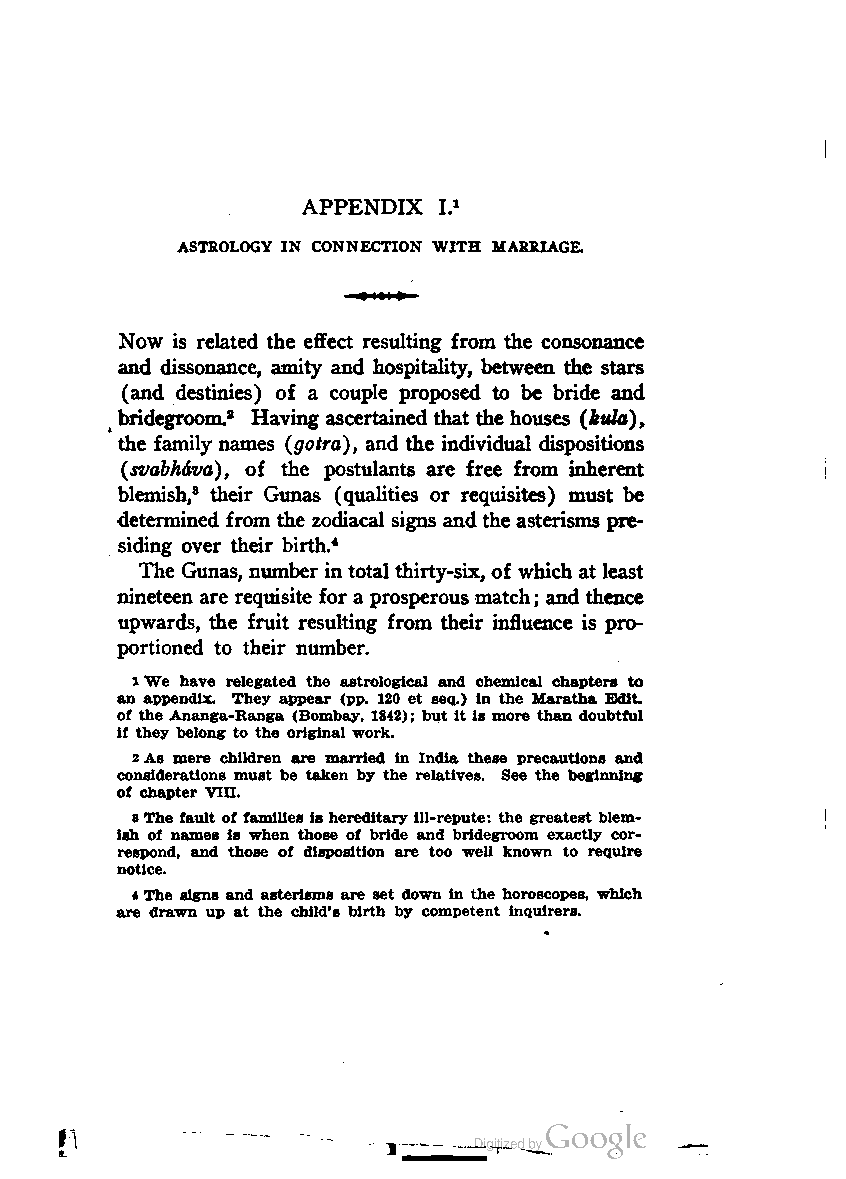
APPENDIX I*
 ASTROLOGY IN CONNECTION WITH MARRIAGE.
 Now is related the effect resulting from the consonance
 and dissonance, amity and hospitality, between the stars
 (and destinies) of a couple proposed to be bride and
 ( bridegroom.8 Having ascertained that the houses (kuld),
 the family names (gotra), and the individual dispositions
 (svabhava), of the postulants are free from inherent
 blemish,8 their Gunas (qualities or requisites) must be
 determined from the zodiacal signs andtheasterisms pre
 siding over their birth.4
 The Gunas, number intotal thirty-six, of which at least
 nineteen are requisite for a prosperousmatch; and thence
 upwards, the fruit resulting from their influence is pro
 portioned to their number.
 1We have relegated the astrological and chemical chapters to
 an appendix. They appear (pp. 120 et seq.) in the Maratha Edit,
 of the Ananga-Ranga (Bombay, 1842); but it is more than doubtful
 if they belong to the original work.
 2As mere children are married in India these precautions and
 considerations must be taken by the relatives. See the beginning
 of chapter VTH.
 3The fault of families ishereditary ill-repute: the greatest blem
 ish of names is when those of bride and bridegroom exactly cor
 respond, and those of disposition are too well known to require
 notice.
 *The signs and asterisms are set down in the horoscopes, which
 are drawn up at the child's birth by competent inquirers.